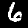
Label: 6